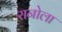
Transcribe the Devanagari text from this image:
रानोला